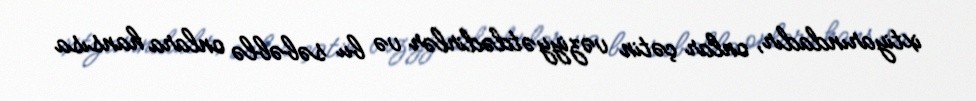
ixtiyarındadır, onlar çətin vəziyyətdədirlər və bu səbəblə onlara hansısa